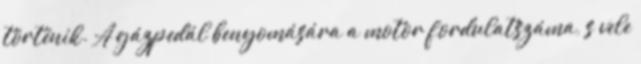
történik. A gázpedál benyomására a motor fordulatszáma, s vele